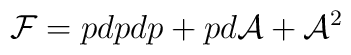
{\cal F} = pdpdp + p d{\cal A} + {\cal A}^2